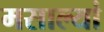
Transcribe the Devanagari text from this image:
मसाल्यां